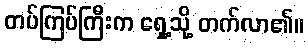
တပ်ကြပ်ကြီးက ရှေ့သို့ တက်လာ၏။